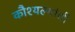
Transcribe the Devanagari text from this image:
कौश्यल्यांची